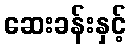
ဆေးခန်းနှင့်